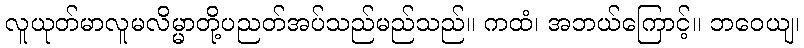
လူယုတ်မာလူမလိမ္မာတို့ပညတ်အပ်သည်မည်သည်။ ကထံ၊ အဘယ်ကြောင့်။ ဘဝေယျ၊